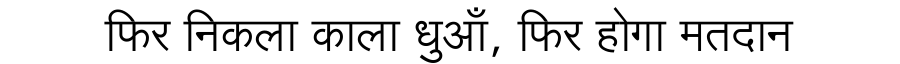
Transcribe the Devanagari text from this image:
फिर निकला काला धुआँ, फिर होगा मतदान